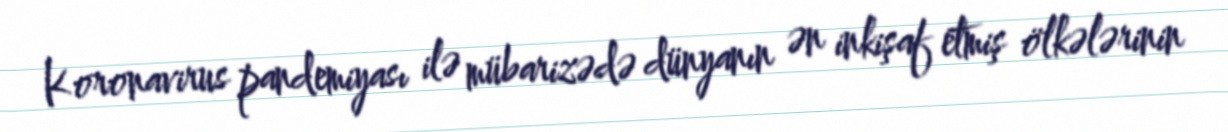
Koronavirus pandemiyası ilə mübarizədə dünyanın ən inkişaf etmiş ölkələrinin